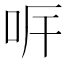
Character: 𠰑